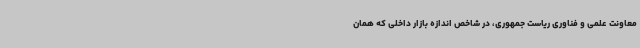
معاونت علمی و فناوری ریاست جمهوری، در شاخص اندازه بازار داخلی که همان